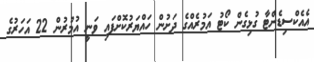
އެއެކްސިޑެންޓާ ގުޅިގެން ކޯޓު އަމުރެއްގެ ދަށުން ހައްޔަރުކޮށްފައި ވަނީ އުމުރުން 22 އަހަރުގެ